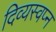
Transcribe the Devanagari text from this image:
दिव्यस्वप्न